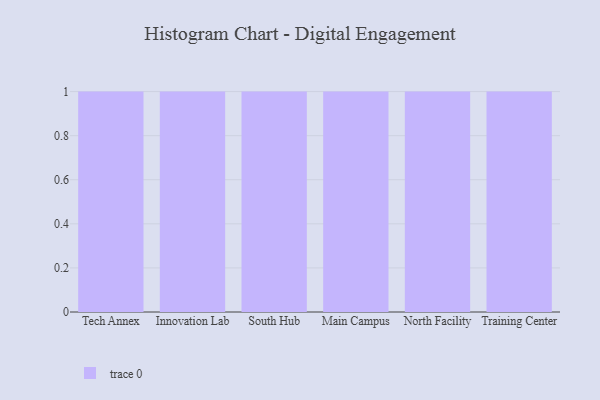
{"axis": {"x": "Campus", "y": "Temperature (°C)"}, "legend": [""], "data": [{"x": "Tech Annex", "y": 55, "type": ""}, {"x": "Innovation Lab", "y": 38, "type": ""}, {"x": "South Hub", "y": 37, "type": ""}, {"x": "Main Campus", "y": 76, "type": ""}, {"x": "North Facility", "y": 27, "type": ""}, {"x": "Training Center", "y": 31, "type": ""}]}